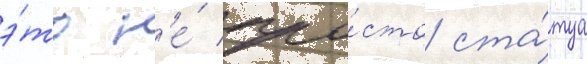
э́то н'е́ про́сто ста́туа